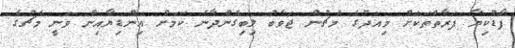
ފާޑުކިޔާ ފަރާތްތަކަށް މިއަދުގެ މެޗުން ޖަވާބު ލިބިގެންދާނެ ކަމަށް އިންޑިޔާއިން ވަނީ މެޗުގެ